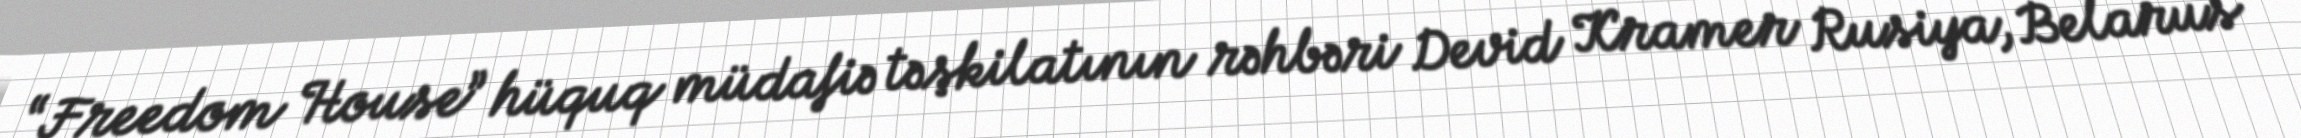
“Freedom House” hüquq müdafiə təşkilatının rəhbəri Devid Kramer Rusiya, Belarus